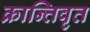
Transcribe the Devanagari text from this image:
क्रान्तिवृत